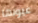
عيونها